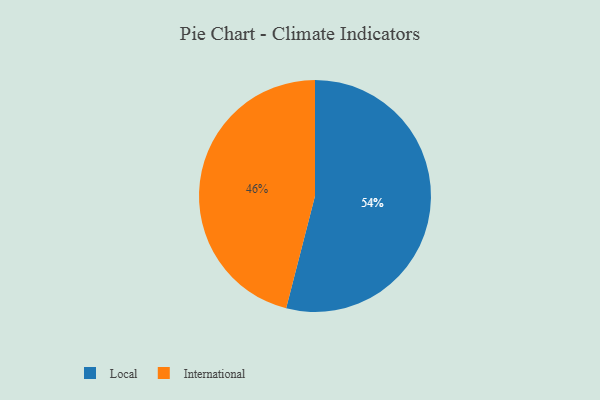
{"axis": {"x": "Category", "y": "Percentage"}, "legend": ["International", "Local"], "data": [{"x": "Local", "y": 54, "type": "Local"}, {"x": "International", "y": 46, "type": "International"}]}